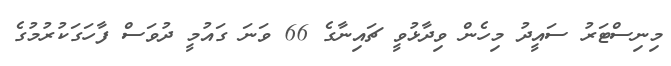
މިނިސްޓަރު ސައީދު މިހެން ވިދާޅުވީ ޗައިނާގެ 66 ވަނަ ގައުމީ ދުވަސް ފާހަގަކުރުމުގެ